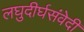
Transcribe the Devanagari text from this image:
लघुदीर्घसंवेदी